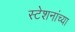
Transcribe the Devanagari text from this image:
स्टेशनांच्या